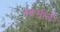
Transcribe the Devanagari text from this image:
तहसीलेँ